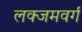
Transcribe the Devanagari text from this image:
लक्जमवर्ग